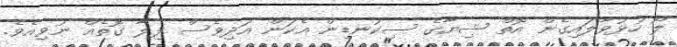
ލޯ ހުޅުވާލައިގެން އޮތް ޝިޔާގެ ސިކުނޑިން އެކަން އަދިވެސް ފިލާ ގޮތެއް ނުވިއެވެ.